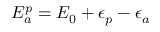
{ \cal E } _ { a } ^ { p } = { \cal E } _ { 0 } + \epsilon _ { p } - \epsilon _ { a }